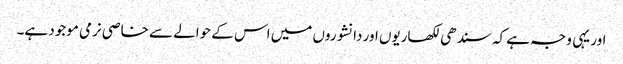
اور یہی وجہ ہے کہ سندھی لکھاریوں اور دانشوروں میں اس کے حوالے سے خاصی نرمی موجود ہے۔